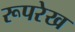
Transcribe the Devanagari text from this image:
रूपरेख